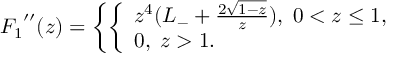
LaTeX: { F _ { 1 } } ^ { \prime \prime } ( z ) = \left\{ \left\{ \begin{array} { l l } { { z ^ { 4 } ( L _ { - } + { \frac { 2 \sqrt { 1 - z } } { z } } ) , \; 0 < z \le 1 , } } \\ { { 0 , \; z > 1 . } } \end{array} \right. \right.